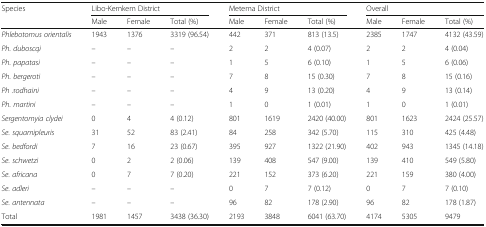
| <ROWSPAN=2> Species | <COLSPAN=3> Libo-Kemkem District | <COLSPAN=3> Metema District | <COLSPAN=3> Overall |
 | Male | Female | Total (%) | Male | Female | Total (%) | Male | Female | Total (%) |
 | --- | --- | --- | --- | --- | --- | --- | --- | --- | --- |
 | Phlebotomus orientalis | 1943 | 1376 | 3319 (96.54) | 442 | 371 | 813 (13.5) | 2385 | 1747 | 4132 (43.59) |
 | Ph. duboscqi | – | – | – | 2 | 2 | 4 (0.07) | 2 | 2 | 4 (0.04) |
 | Ph. papatasi | – | – | – | 1 | 5 | 6 (0.10) | 1 | 5 | 6 (0.06) |
 | Ph. bergeroti | – | – | – | 7 | 8 | 15 (0.30) | 7 | 8 | 15 (0.16) |
 | Ph .rodhaini | – | – | – | 4 | 9 | 13 (0.20) | 4 | 9 | 13 (0.14) |
 | Ph. martini | – | – | – | 1 | 0 | 1 (0.01) | 1 | 0 | 1 (0.01) |
 | Sergentomyia clydei | 0 | 4 | 4 (0.12) | 801 | 1619 | 2420 (40.00) | 801 | 1623 | 2424 (25.57) |
 | Se. squamipleuris | 31 | 52 | 83 (2.41) | 84 | 258 | 342 (5.70) | 115 | 310 | 425 (4.48) |
 | Se. bedfordi | 7 | 16 | 23 (0.67) | 395 | 927 | 1322 (21.90) | 402 | 943 | 1345 (14.18) |
 | Se. schwetzi | 0 | 2 | 2 (0.06) | 139 | 408 | 547 (9.00) | 139 | 410 | 549 (5.80) |
 | Se. africana | 0 | 7 | 7 (0.20) | 221 | 152 | 373 (6.20) | 221 | 159 | 380 (4.00) |
 | Se. adleri | – | – | – | 0 | 7 | 7 (0.12) | 0 | 7 | 7 (0.10) |
 | Se. antennata | – | – | – | 96 | 82 | 178 (2.90) | 96 | 82 | 178 (1.87) |
 | Total | 1981 | 1457 | 3438 (36.30) | 2193 | 3848 | 6041 (63.70) | 4174 | 5305 | 9479 |